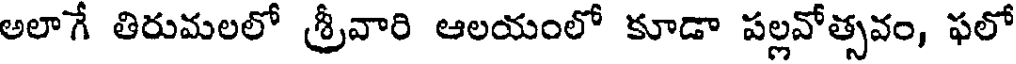
అలాగే తిరుమలలో శ్రీవారి ఆలయంలో కూడా పల్లవోత్సవం, ఫలో